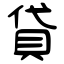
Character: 貸